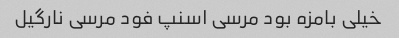
خیلی بامزه بود مرسی اسنپ فود مرسی نارگیل